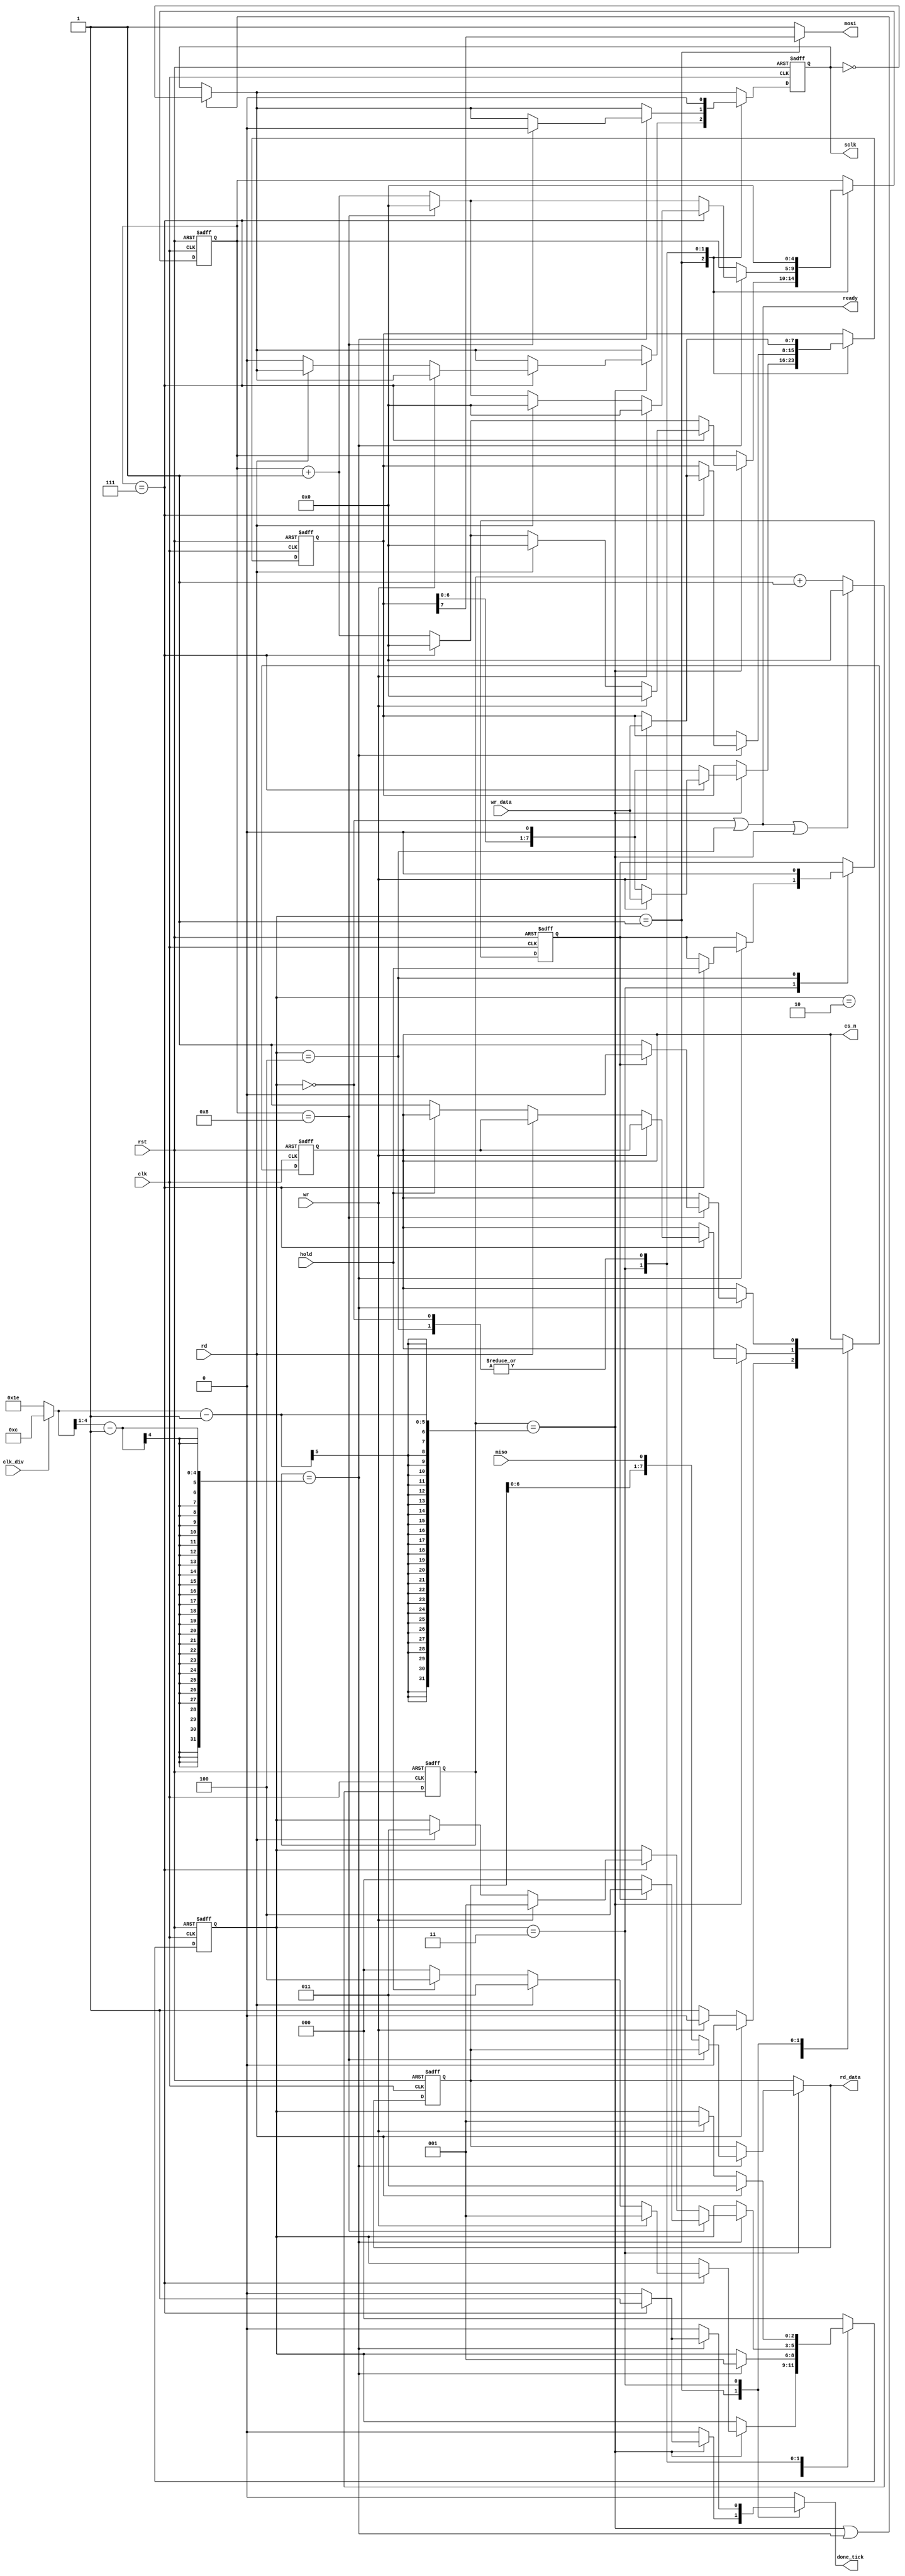
`timescale 1ns/1ps
		       //HI_FREQ_DIV=clk division for the high freq,LO_FREQ_DIV=clk division for low freq [can be any even number >=2]
module spi #(parameter HI_FREQ_DIV=12,LO_FREQ_DIV=30,SPI_MODE=0) (  //SPI_MODE can be either 0,1,2,3
	input wire clk,rst,                            
	//SPI control
	input clk_div, //1: high frequency , 0=low frequency
	input wire rd,wr,hold,  //pins to start read or write operation, hold is for holding the clock for multibyte read/write 
	input wire[7:0] wr_data, //data to be sent to the slave
	output wire[7:0] rd_data, //data received from the slave
	output reg done_tick, //ticks if either write or read operation is finished
	output ready, //can perform read/write operation only if ready is "1" (except for multibyte read/write where state will never go to IDLE)
	//SPI pinouts
	input wire miso,
	output wire mosi,
	output wire sclk,cs_n
	);
	
	/* template
	    spi #(.HI_FREQ_DIV(12),.LO_FREQ_DIV(30),.SPI_MODE(0)) m0 //High freq: 12MHz/12=1MHz , Low freq: 12MHz/30=400KHz
    ( 
        .clk(clk),
        .rst(rst),                                
        //SPI control
        .rd(rd),
        .wr(wr),
        .hold(hold),  //pins to start read or write operation, hold is for holding the clock for multibyte read/write 
        .wr_data(wr_data), //data to be sent to the slave
        .rd_data(rd_data), //data received from the slave
        .done_tick(done_tick), //ticks if either write or read operation is finished
        .ready(ready), //can perform read/write operation only if ready is "1" (except for multibyte read/write where state will never go to IDLE)
        //SPI pinouts
        .miso(miso),
        .mosi(mosi),
        .sclk(sclk),
        .cs_n(cs_n_1)
	);
	*/
	
	localparam IDLE=0,
               WRITE=1,
               WRITE_DELAY=2,
               READ=3,
               HOLD=4;
		   
		   
	localparam CPOL=SPI_MODE[1], //clock polarity
		       CPHA=SPI_MODE[0]; //clock phase


	reg[2:0] state_q=0,state_d; 
	reg[3+!CPHA:0] count_q=0,count_d; //counter for shifting 8 times
	reg[7:0] wr_data_q=0,wr_data_d; //contains data to be sent to the slave
	reg[7:0] rd_data_q=0,rd_data_d;  //contains data received from the slave
	reg[$clog2(LO_FREQ_DIV+1)-1:0] clk_ctr_q=0,clk_ctr_d; //counter for clock division
    reg cs_n_q=0,cs_n_d;
    reg sclk_q=0,sclk_d;
    reg hold_q=0,hold_d;
    wire[$clog2(LO_FREQ_DIV+1)-1:0] CLK_DIV=clk_div? HI_FREQ_DIV:LO_FREQ_DIV;    
    
	//register operations
	always @(posedge clk,posedge rst) begin
		if(rst) begin
			state_q<=0;
			count_q<=0;
			wr_data_q<=0;
			rd_data_q<=0;
			clk_ctr_q<=0;
			cs_n_q<=0;
			sclk_q<=0;
			hold_q<=0;
		end
		else begin
			state_q<=state_d;
			count_q<=count_d;
			wr_data_q<=wr_data_d;
			rd_data_q<=rd_data_d;
			clk_ctr_q<=clk_ctr_d;
			cs_n_q<=cs_n_d;
			sclk_q<=sclk_d;
			hold_q<=hold_d;
		end
		
	end
	
	//FSM logic
	always @* begin
		state_d=state_q;
		count_d=count_q;
		wr_data_d=wr_data_q;
		rd_data_d=rd_data_q;
		clk_ctr_d=clk_ctr_q;
		cs_n_d=cs_n_q;
		sclk_d=sclk_q;
		hold_d=hold_q;
        done_tick=0;
        
		//logic for clk division and sclk 
		clk_ctr_d=(state_q==IDLE || state_q==HOLD || clk_ctr_q==CLK_DIV-1)? 0:clk_ctr_q+1'b1;
		sclk_d=(clk_ctr_q==CLK_DIV-1) || (clk_ctr_q==((CLK_DIV>>1)-1))? !sclk_q:sclk_q; 

		case(state_q) 
			IDLE: begin
                    sclk_d=CPOL; //CPOL (clock polarity) is the initial value of clock 
                    cs_n_d=1; //cs_n is active low
                    count_d=0;
                    if(wr) begin
                        cs_n_d=0; 
                        wr_data_d=wr_data;			
                        state_d=CPHA? WRITE_DELAY:WRITE; //CPHA=1: MOSI is delayed by half-clk cycle
                    end
                    if(rd) begin
                        cs_n_d=0;
                        state_d=READ;
                     end
			      end
			      
			WRITE: if(clk_ctr_q==(CLK_DIV>>CPHA)-1) begin //CPHA=1: MOSI is updated at half-clk cycle , CPHA=0: MOSI is updated at end-of-clk cycle
					wr_data_d=wr_data_q<<1;//shift data 8 times (MSB first)
					count_d=(count_q==7)? 0:count_q+1'b1; 
                    if(count_q==7) begin
                        done_tick=1;
                        if(wr) begin //write again (multibyte write)
                        count_d=0;
                        wr_data_d=wr_data;			
                        state_d=WRITE;
                        end
                        else if(rd) begin //read after writing
                            count_d=0;
                            state_d=READ; 
                        end
                        else if(hold) begin
                            sclk_d=CPOL;
                            state_d=HOLD;
                        end
                        else begin //go back to IDLE
                            state_d=IDLE;
                            cs_n_d=1;
                            sclk_d=CPOL;
                        end
                        
                     end
				    end
				    
	 WRITE_DELAY: if(clk_ctr_q==(CLK_DIV>>1)-1) state_d=WRITE; //for CPHA=1 when MOSI is delayed by half-clk cycle
	 
			READ:if(clk_ctr_q==(CLK_DIV>>!CPHA)-1)begin //CPHA=1: MISO is read at end-of-clk cycle , CPHA=0: MISO is read at half-clk cycle
					rd_data_d={rd_data_q[6:0],miso}; //shift read data (MSB first)
					count_d=(count_q==7+!CPHA)? 0:count_q+1'b1; //CPHA=0 needs one more clk cycle(thus 0-to-8) BEFORE GOING IDLE (not needed if not going to idle after reading)
					if(count_q==7) begin 
                        done_tick=1;
                        hold_d=hold;
                        if(wr) begin //write after reading
                            count_d=0;
                            wr_data_d=wr_data;			
                            state_d=WRITE;
                        end
                        else if(rd) begin
                            count_d=0;
                            state_d=READ; //multibyte read
                        end    
                        else if(CPHA) begin //for CPHA=1 only,goes IDLE
                            state_d=IDLE;
                            sclk_d=CPOL;
                            cs_n_d=1;
                            if(hold) begin
                                state_d=HOLD;
                                cs_n_d=0;
                            end
                        end
                        
                     end  
                    if(count_q==8) begin //for CPHA=0 only, goes IDLE
                            rd_data_d=rd_data_q; //we added one more clk cycle for CPHA=0 before going IDLE but rd_data_q must not be updated again for that last clk cycle
                            state_d=IDLE;
                            sclk_d=CPOL;
                            cs_n_d=1;
                            if(hold_q) begin
                                state_d=HOLD;
                                cs_n_d=0;
                            end
                     end
				    end
				    
		        HOLD: begin
		                sclk_d=CPOL; //CPOL (clock polarity) is the initial value of clock 
                        count_d=0;
                        hold_d=0;
                        if(wr) begin
                            wr_data_d=wr_data;			
                            state_d=CPHA? WRITE_DELAY:WRITE;
                        end
                        if(rd) state_d=READ;
                      end
		     default: state_d=IDLE;
		endcase
	end
	assign mosi=(state_q==WRITE)? wr_data_q[7]:1'b1; //asserted to "1" when not sending/receiving data
	assign rd_data=rd_data_d; 
	assign sclk=sclk_q;
	assign cs_n=cs_n_q;
    assign ready=state_q==IDLE || state_q==HOLD;
endmodule